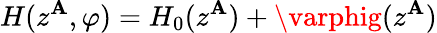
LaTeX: H(z^{\mathbf{A}},\varphi)=H_{0}(z^{\mathbf{A}})+\varphig(z^{\mathbf{A}})